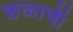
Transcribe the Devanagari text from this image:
छळाची